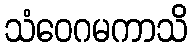
သံဝေဂမကာသိ